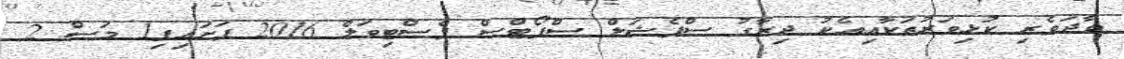
ވާދަވެރި ކުޅިވަރުތަކާއިއެކު ދިރާގު ސްޕެޝަލް ސްޕޯޓްސް ފެސްޓިވަލް 2016 ފަށައިފި1 މަސް 2